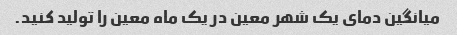
میانگین دمای یک شهر معین در یک ماه معین را تولید کنید.